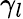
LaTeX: \gamma_{l}